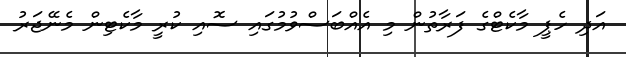
އަދި ހެޕީ މާކެޓްގެ ފަރާތުން މި އެއްބަސްވުމުގައި ސޮއި ކުރީ މާކެޓިން މެނޭޖަރު